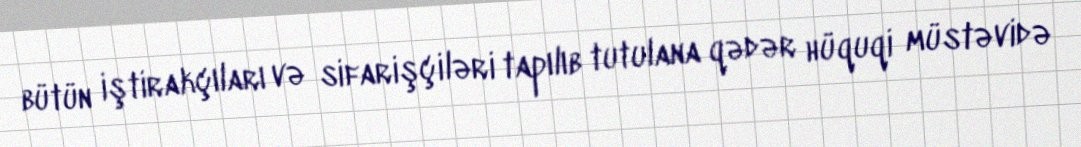
bütün iştirakçıları və sifarişçiləri tapılıb tutulana qədər hüquqi müstəvidə